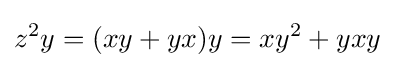
z^{2}y=(xy+yx)y=xy^{2}+yxy